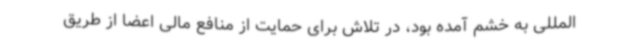
المللی به خشم آمده بود، در تلاش برای حمایت از منافع مالی اعضا از طریق